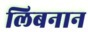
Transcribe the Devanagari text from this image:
लिबनान